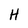
Character: H